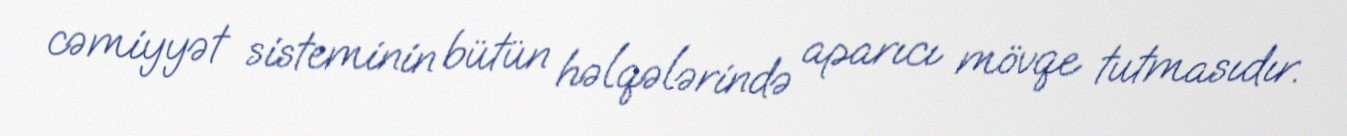
cəmiyyət sisteminin bütün həlqələrində aparıcı mövqe tutmasıdır.